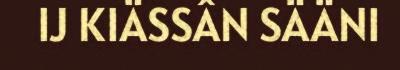
IJ KIÄSSÂN SÄÄNI